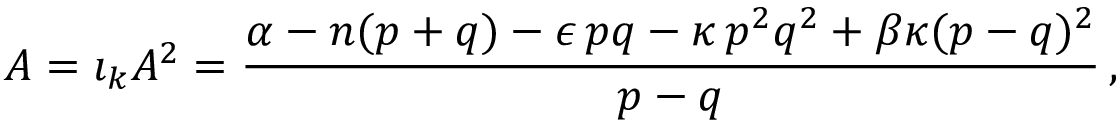
{ \cal A } = { \imath } _ { k } A ^ { 2 } = \frac { \alpha - n ( p + q ) - \epsilon \, p q - \kappa \, p ^ { 2 } q ^ { 2 } + \beta \kappa ( p - q ) ^ { 2 } } { p - q } \, ,